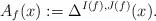
LaTeX: \begin{align*}A_f(x):=\Delta^{I(f),J(f)}(x).\end{align*}